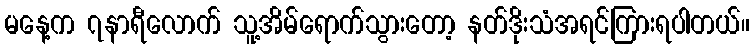
မနေ့က ၇နာရီလောက် သူ့အိမ်ရောက်သွားတော့ နတ်ဒိုးသံအရင်ကြားရပါတယ်။